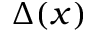
\Delta ( x )